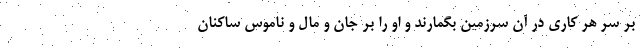
بر سر هر کاری در آن سرزمین بگمارند و او را بر جان و مال و ناموس ساکنان